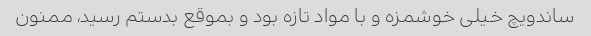
ساندویچ خیلی خوشمزه و با مواد تازه بود و بموقع بدستم رسید، ممنون